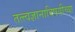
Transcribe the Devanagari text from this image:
तत्त्वज्ञानाविषयीच्या